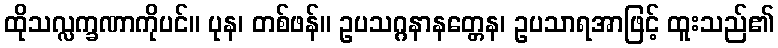
ထိုသလ္လက္ခဏာကိုပင်။ ပုန၊ တစ်ဖန်။ ဥပသဂ္ဂနာနတ္တေန၊ ဥပသာရအာဖြင့် ထူးသည်၏